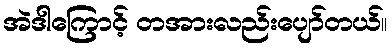
အဲဒါကြောင့် တအားလည်းပျော်တယ်။